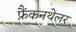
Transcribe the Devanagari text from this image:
फ्रैंकनथेलर